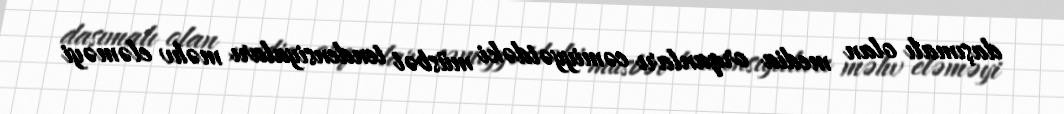
daşımalı olan media orqanları cəmiyyətdəki müsbət tendensiyaları məhv eləməyi